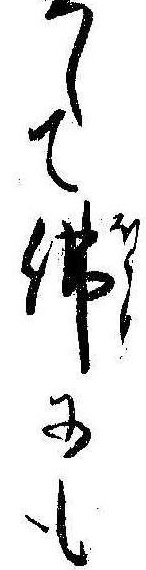
して仏にも